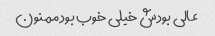
عالی بودش خیلی خوب بود ممنون